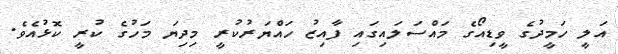
އަލީ ހަމީދުގެ ވީޑިއޯގެ މައްސަލައިގައި ފާއިޒު ހައްޔަރުކުރީ މިދިޔަ މަހުގެ ކުރީ ކޮޅުއެވެ.